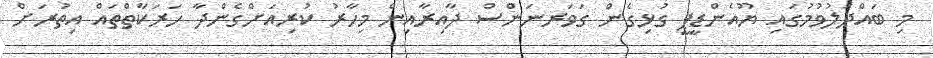
މި ބައްދަލުވުމުގައި ޔޫއެންޑީޕީ ގުޅިގެން ގަވަރނަންސް ދާއިރާއިން މިހާރު ކުރިއަށްގެންދާ ހަރަކާތްތައް އިތުރަށް